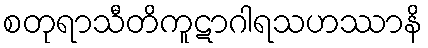
စတုရာသီတိကူဋာဂါရသဟဿာနိ